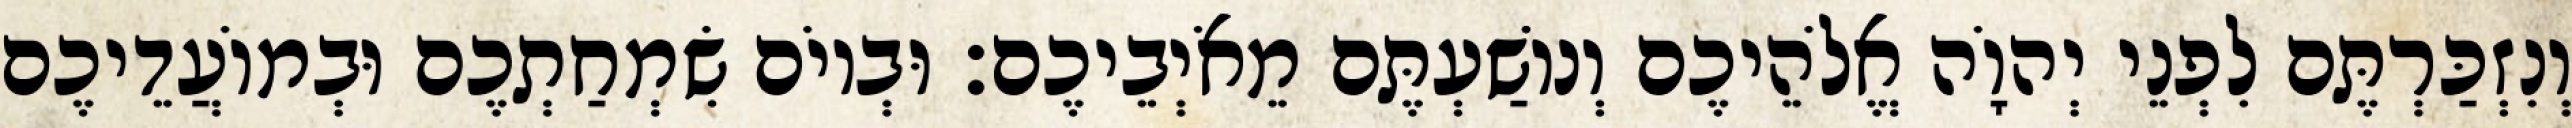
וְנִזְכַּרְתֶּם לִפְנֵי יְהוָֹה אֱלֹהֵיכֶם וְנוֹשַׁעְתֶּם מֵאֹיְבֵיכֶם׃ וּבְיוֹם שִׂמְחַתְכֶם וּבְמוֹעֲדֵיכֶם